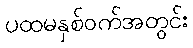
ပထမနှစ်ဝက်အတွင်း